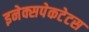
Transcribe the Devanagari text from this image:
इनेक्सपेकटेटस